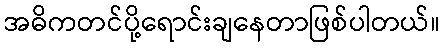
အဓိကတင်ပို့ရောင်းချနေတာဖြစ်ပါတယ်။